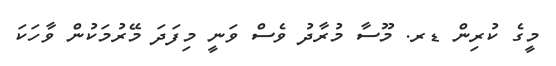
މީގެ ކުރިން ޑރ. މޫސާ މުރާދު ވެސް ވަނީ މިފަދަ މޭރުމަކުން ވާހަކަ